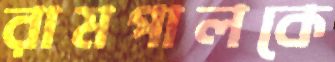
রামপালকে